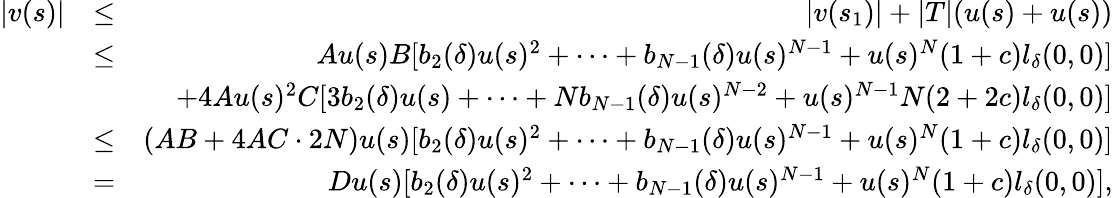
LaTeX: \begin{array}{rlr}{|v(s)|}&{\leq}&{|v(s_{1})|+|T|(u(s)+u(s))}\\ &{\leq}&{Au(s)B[b_{2}(\delta)u(s)^{2}+\cdots+b_{N-1}(\delta)u(s)^{N-1}+u(s)^{N}(1+c)l_{\delta}(0,0)]}\\ &{}&{+4Au(s)^{2}C[3b_{2}(\delta)u(s)+\cdots+Nb_{N-1}(\delta)u(s)^{N-2}+u(s)^{N-1}N(2+2c)l_{\delta}(0,0)]}\\ &{\leq}&{(AB+4AC\cdot 2N)u(s)[b_{2}(\delta)u(s)^{2}+\cdots+b_{N-1}(\delta)u(s)^{N-1}+u(s)^{N}(1+c)l_{\delta}(0,0)]}\\ &{=}&{Du(s)[b_{2}(\delta)u(s)^{2}+\cdots+b_{N-1}(\delta)u(s)^{N-1}+u(s)^{N}(1+c)l_{\delta}(0,0)],}\end{array}